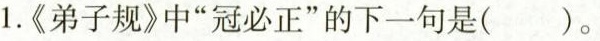
1.《弟子规》中“冠必正”的下一句是（